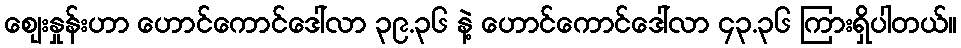
ဈေးနှုန်းဟာ ဟောင်ကောင်ဒေါ်လာ ၃၉.၃၆ နဲ့ ဟောင်ကောင်ဒေါ်လာ ၄၃.၃၆ ကြားရှိပါတယ်။